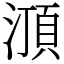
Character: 㴿